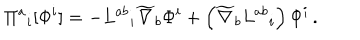
LaTeX: \Pi ^ { a } { } _ { i } [ \Phi ^ { i } ] = - L ^ { a b } { } _ { i } \widetilde { \nabla } _ { b } \Phi ^ { i } + \left( \widetilde { \nabla } _ { b } L ^ { a b } { } _ { i } \right) \Phi ^ { i } \, .